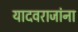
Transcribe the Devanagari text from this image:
यादवराजांना